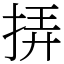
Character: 挵